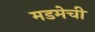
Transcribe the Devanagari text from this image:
मडमेची